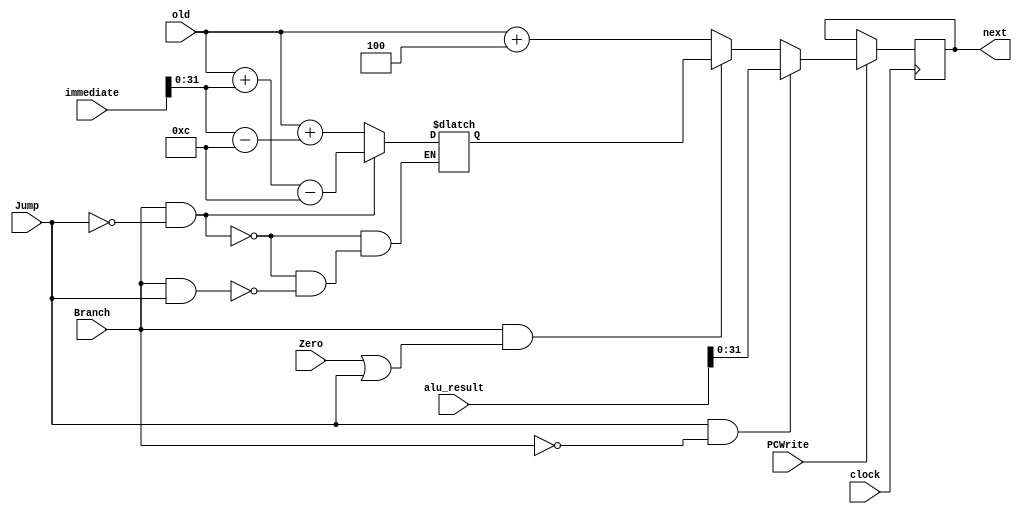
module next_pc(
  input clock,
  input Jump,
  input Branch,
  input Zero,
  input PCWrite,
  input [31:0] old,
  input [63:0] alu_result,
  input [63:0] immediate,
  output reg [31:0] next
);

  reg [31:0] new;
  reg [63:0] origin;
  reg [63:0] jump;

  initial begin
    next = 32'b0;
    origin = 64'b0;
  end

  always @(old) begin
    new = old + 4;
    origin = {32'b0, old[31:0]};
  end

  always @(immediate, origin) begin
  if(Branch & ~Jump)begin
    jump = origin + (immediate)-64'hc;
    end else if(Branch & Jump) begin
    jump = origin + (immediate-64'hc);
    end
  end

  always @(posedge clock) begin
    // assign next program counter value
    if (PCWrite == 1) begin
      if (Branch == 1 & (Zero == 1 | Jump == 1)) begin
        next = jump[31:0];
      end else begin
        next = new;
      end
      if (Jump == 1 & Branch == 0) begin
        next = alu_result[31:0];
      end
    end else begin
      next = next;
    end
    //$display("next_pc immediate = 0x%H", immediate);
    // $display("Jump = 0x%H", Jump);
    // $display("Branch = 0x%H", Branch);
    // $display("Zero = 0x%H", Zero);
    // $display("PCWrite = 0x%H", PCWrite);
    // $display("old = 0x%H", old);
    //$display("next_pc origin = 0x%H", origin);
    //$display("next_pc jump = 0x%H", jump);
    // $display("new = 0x%H", new);
     //$display("next_pc next = 0x%H", next);
  end

endmodule